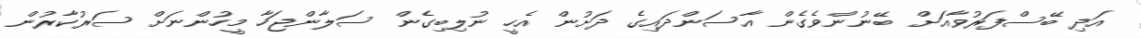
އަދި ބޭސްފަރުވާއަށް ބޭނުންވެގެން އާސަންދައިގެ ދަށުން އެހީ ނުލިބިގެން ސަލާންޖަހާ މީހުންނަށް ސަރުކާރުން